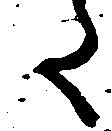
た